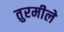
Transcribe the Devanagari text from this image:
तुरमीले